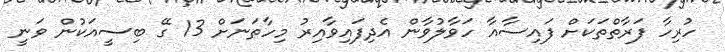
ހުރިހާ ފަރާތްތަކަށް ފައިސާއާ ހަވާލުވާން އެދިފައިވާއިރު މިހާތަނަށް 13 ގޭ ބިސީއަކުން ވަނީ